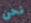
نحن